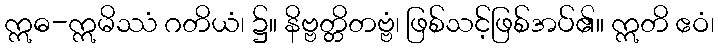
ဣဓ-ဣမိဿံ ဂတိယံ၊ ၌။ နိဗ္ဗတ္တိတဗ္ဗံ၊ ဖြစ်သင့်ဖြစ်အပ်၏။ ဣတိ ဧဝံ၊